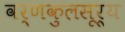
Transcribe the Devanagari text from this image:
वर्णकुलसूर्य